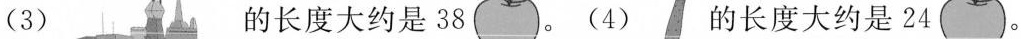
(3) 的长度大约是38。(4) 的长度大约是24。